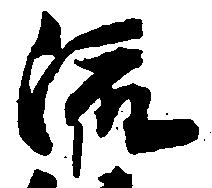
流